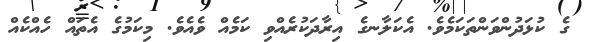
ގެ ކުޅަދުންވަންތަކަމެވެ. އެކަލާނގެ އިރާދަކުރެއްވި ކަމެއް ވެއެވެ. މިކަމުގެ އެތައް ހެއްކެއް